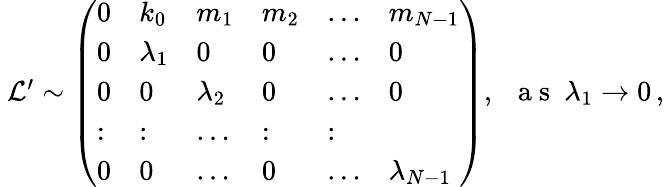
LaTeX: \begin{array}{r}{\ \mathcal{L}^{\prime}\sim\left(\begin{array}{llllll}{0}&{k_{0}}&{m_{1}}&{m_{2}}&{\dots}&{m_{N-1}}\\ {0}&{\lambda_{1}}&{0}&{0}&{\dots}&{0}\\ {0}&{0}&{\lambda_{2}}&{0}&{\dots}&{0}\\ {:}&{:}&{\dots}&{:}&{:}\\ {0}&{0}&{\dots}&{0}&{\dots}&{\lambda_{N-1}}\end{array}\right),~~\mathrm{~a~s~}~\lambda_{1}\rightarrow 0\, ,}\end{array}